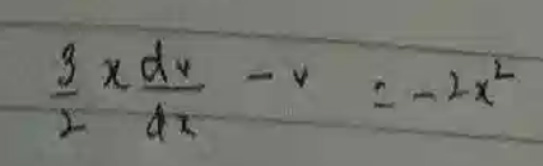
$\frac{3}{2}x\frac{dy}{dx}-y=-2x^{2}$